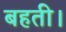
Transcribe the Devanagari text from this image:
बहती।